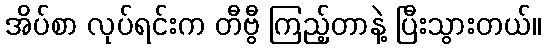
အိပ်စာ လုပ်ရင်းက တီဗွီ ကြည့်တာနဲ့ ပြီးသွားတယ်။